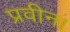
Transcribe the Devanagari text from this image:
प्रवीन।